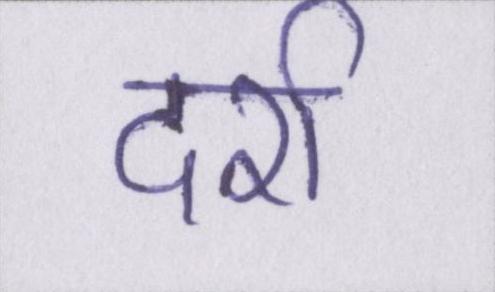
दर्रा